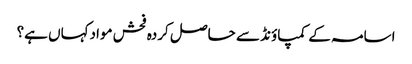
اسامہ کے کمپاؤنڈ سے حاصل کردہ فحش موادکہاں ہے؟